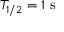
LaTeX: T _ { 1 / 2 } = 1 \ \mathrm { s }